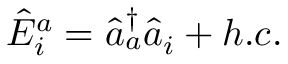
\hat { E } _ { i } ^ { a } = \hat { a } _ { a } ^ { \dag } \hat { a } _ { i } + h . c .